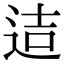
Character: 迼